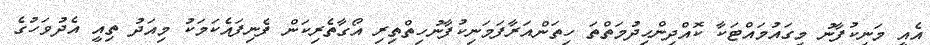
އެއީ މަނިކުފާނު މިގައުމައްޓަކާ ކޮއްދިންޙިދުމަތްތަ ހިތަންއަރާފަމަނިކުފާނުހިތްތިރި އޯގާތެރިކަން ފެނިފައެކަމަކު މިއަދު ތިއީ އެދުވަހުގެ